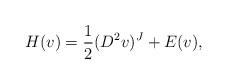
LaTeX: \begin{align*}H(v) = \frac{1}{2} (D^2 v)^J + E(v),\end{align*}